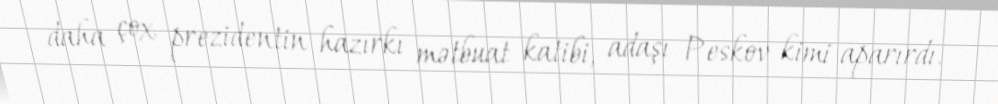
daha çox prezidentin hazırkı mətbuat katibi, adaşı Peskov kimi aparırdı.